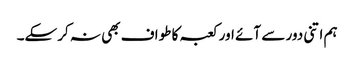
ہم اتنی دور سے آئے اور کعبہ کا طواف بھی نہ کرسکے۔